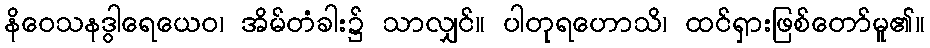
နိဝေသနဒွါရေယေဝ၊ အိမ်တံခါး၌ သာလျှင်။ ပါတုရဟောသိ၊ ထင်ရှားဖြစ်တော်မူ၏။